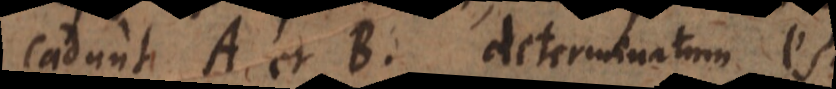
cadunt A et B determinatum est.